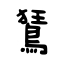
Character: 鵟